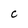
Character: C